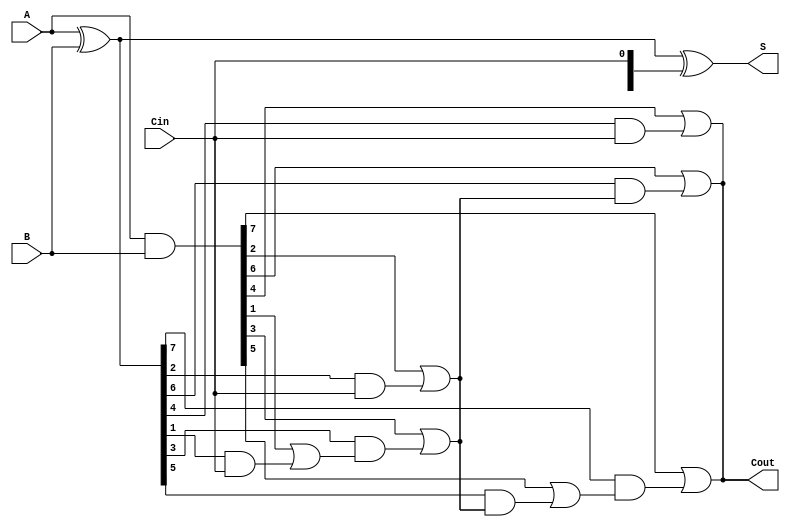
module kogge_stone_adder #(parameter N = 8) (
    input  [N-1:0] A,      // First n-bit input
    input  [N-1:0] B,      // Second n-bit input
    input          Cin,     // Carry-in
    output [N-1:0] S,      // n-bit sum output
    output         Cout     // Carry-out
);

    wire [N-1:0] G;        // Generate signals
    wire [N-1:0] P;        // Propagate signals
    wire [N:0] C;          // Carry signals

    // Preprocessing stage: Generate and Propagate signals
    assign G = A & B;      // Generate: G[i] = A[i] AND B[i]
    assign P = A ^ B;      // Propagate: P[i] = A[i] XOR B[i]

    // Carry generation stage
    assign C[0] = Cin;     // C[0] = Cin

    genvar i, j, k;
    generate
        // Carry generation levels
        for (i = 0; i < $clog2(N); i = i + 1) begin : carry_gen
            for (j = 0; j < N; j = j + (1 << (i + 1))) begin : carry_block
                if (j + (1 << i) < N) begin
                    assign C[j + (1 << (i + 1))] = G[j + (1 << i)] | (P[j + (1 << i)] & C[j]);
                end
            end
        end
    endgenerate

    // Sum generation stage
    assign Cout = C[N];    // Carry-out
    assign S = P ^ C[N-1:0]; // S[i] = P[i] XOR C[i]

endmodule